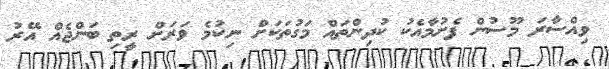
ވިއްސާރަ މޫސުން ފެށުމާއެކު ކުދިންތައް މަގުތަކަށް ނިކުމެ ވަރަށް ރީތި ބަންޖެއް އޭރު